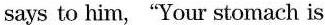
says to him,“Your stomach is